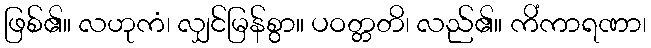
ဖြစ်၏။ လဟုကံ၊ လျှင်မြန်စွာ။ ပဝတ္တတိ၊ လည်၏။ ကိံကာရဏာ၊